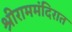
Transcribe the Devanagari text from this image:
श्रीराममंदिरात